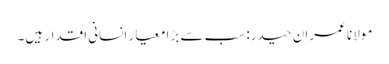
مولانا عمران حیدر: سب سے بڑا معیار انسانی اقدار ہیں۔